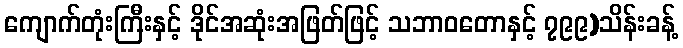
ကျောက်တုံးကြီးနှင့် ဒိုင်အဆုံးအဖြတ်ဖြင့် သဘာဝတောနှင့် ၇၉၉)သိန်းခန့်